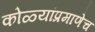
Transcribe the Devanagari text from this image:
कोळ्यांप्रमाणेच